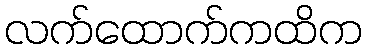
လက်ထောက်ကထိက